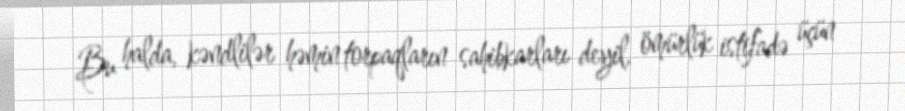
Bu halda, kəndlilər həmin torpaqların sahibkarları deyil, ömürlük istifadə üçün